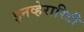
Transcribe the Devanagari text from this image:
इनव्हेरारिटी